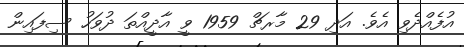
އުފެއްދެވި އެވެ. އަދި 29 މާރޗް 1959 ވީ އާދީއްތަ ދުވަހު ސިފައިން